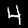
Label: 4